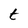
Character: t